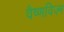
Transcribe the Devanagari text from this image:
वैष्णविज़्म